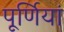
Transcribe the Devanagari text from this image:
पूर्णियां